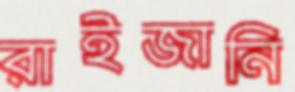
রাইজানি